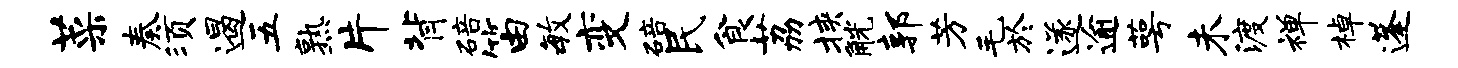
菜奏须遏五熟片背碚笛毓变碚民食荔挟觥郭芳毛於遂逾萼未渡禅棹蓬